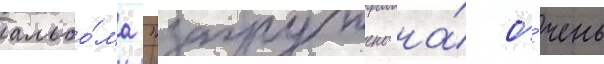
альбо́ма "загружено на́ о́чень